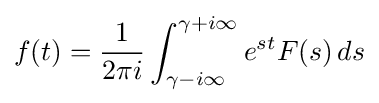
f(t)={\frac {1}{2\pi i}}\int _{\gamma -i\infty }^{\gamma +i\infty }e^{st}F(s)\,ds